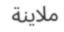
ملاينة